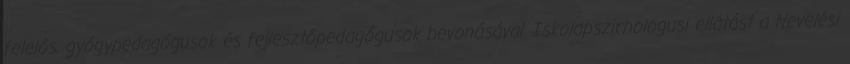
felelős, gyógypedagógusok és fejlesztőpedagógusok bevonásával. Iskolapszichológusi ellátást a Nevelési